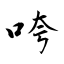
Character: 咵